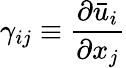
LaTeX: \gamma_{ij}\equiv\frac{\partial\bar{u}_{i}}{\partial x_{j}}